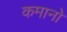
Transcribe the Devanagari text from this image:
कमानो